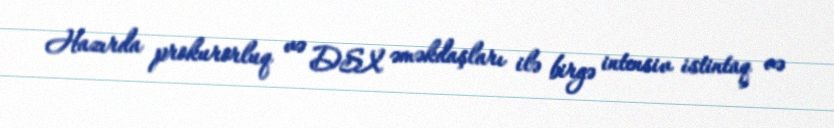
Hazırda prokurorluq və DSX əməkdaşları ilə birgə intensiv istintaq və